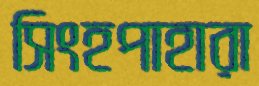
সিংহপাহারা